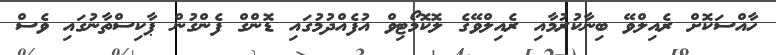
ހާއްސަކޮށް ރެއިލްވޭ ބިނާކުރުމާއި ރެއިލްވޭގެ ލޮކޮމޯޓިވް އުފެއްދުމުގައި ޑޮންގް ފެންގުން ޕާކިސްތާނުގައި ވެސް